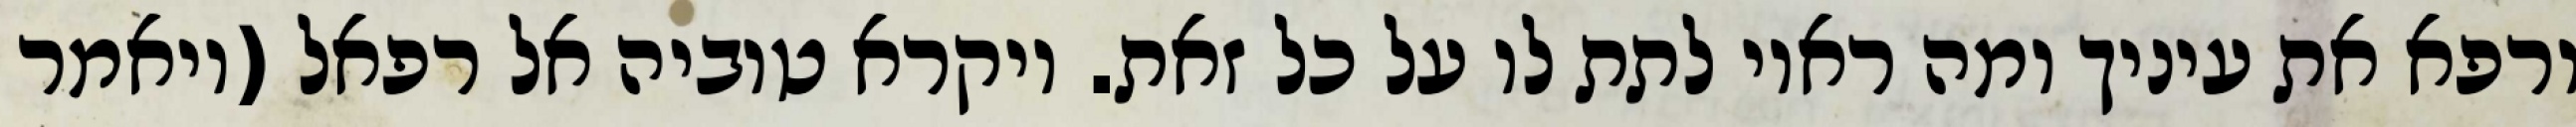
ורפא את עיניך ומה ראוי לתת לו על כל זאת. ויקרא טוביה אל רפאל (ויאמר